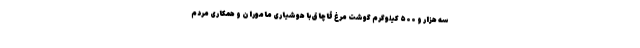
سه هزار و ۵۰۰ کیلوگرم گوشت مرغ قاچاق با هوشیاری ماموران و همکاری مردم